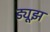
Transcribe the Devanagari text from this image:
ड्यूझ